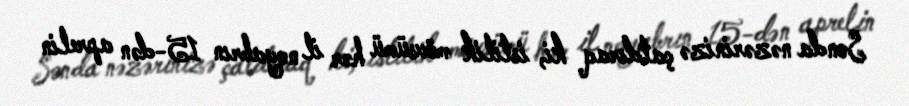
Sonda nəzərinizə çatdıraq ki, istilik mövsümü hər il noyabrın 15-dən aprelin